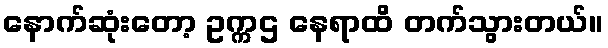
နောက်ဆုံးတော့ ဥက္ကဌ နေရာထိ တက်သွားတယ်။